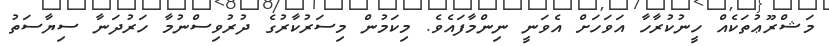
މަޝްރޫޢުތަކެއް ހީނުކުރާހާ އަވަހަށް އެވަނީ ނިންމާފައެވެ. މިކަމުން މިސަރުކާރުގެ ދުރުވިސްނުމާ ހަރުދަނާ ސިޔާސަތު